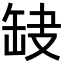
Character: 𦈫